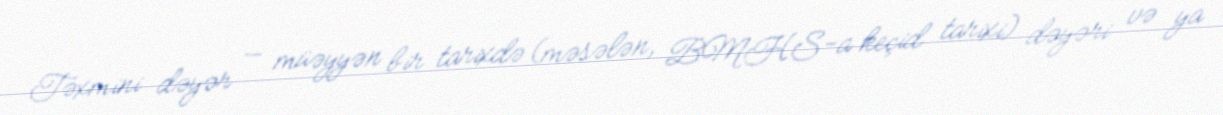
Təxmini dəyər — müəyyən bir tarixdə (məsələn, BMHS-a keçid tarixi) dəyəri və ya